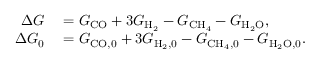
\begin{array} { r l } { \Delta G } & { { } = G _ { \mathrm { C O } } + 3 G _ { \mathrm { H _ { 2 } } } - G _ { \mathrm { C H _ { 4 } } } - G _ { \mathrm { H _ { 2 } O } } , } \\ { \Delta G _ { 0 } } & { { } = G _ { \mathrm { C O , 0 } } + 3 G _ { \mathrm { H _ { 2 } , 0 } } - G _ { \mathrm { C H _ { 4 } , 0 } } - G _ { \mathrm { H _ { 2 } O , 0 } } . } \end{array}